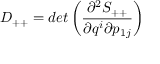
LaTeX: D _ { + + } = d e t \left( \frac { \partial ^ { 2 } S _ { + + } } { \partial q ^ { i } \partial p _ { 1 j } } \right)